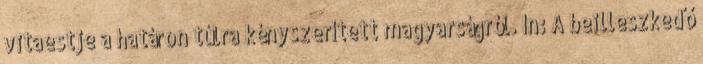
vitaestje a határon túlra kényszerített magyarságról. In: A beilleszkedő